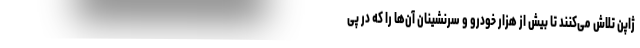
ژاپن تلاش می‌کنند تا بیش از هزار خودرو و سرنشینان آن‌ها را که در پی